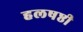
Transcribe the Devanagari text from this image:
हलषष्ठी